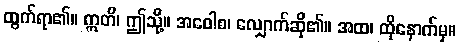
ထွက်ရာ၏။ ဣတိ၊ ဤသို့။ အဝေါစ၊ လျှောက်ဆို၏။ အထ၊ ထိုနောက်မှ။